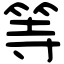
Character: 等